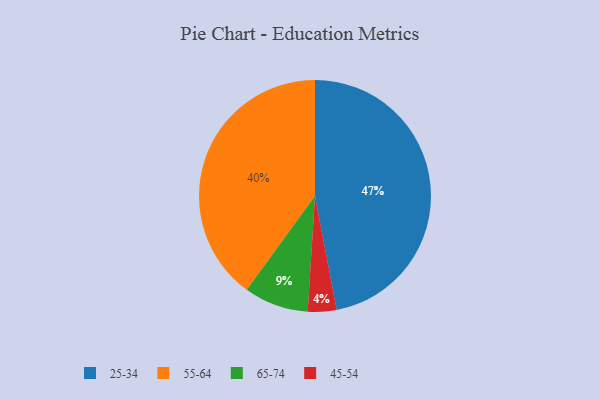
{"axis": {"x": "Category", "y": "Percentage"}, "legend": ["25-34", "45-54", "55-64", "65-74"], "data": [{"x": "55-64", "y": 40, "type": "55-64"}, {"x": "65-74", "y": 9, "type": "65-74"}, {"x": "25-34", "y": 47, "type": "25-34"}, {"x": "45-54", "y": 4, "type": "45-54"}]}